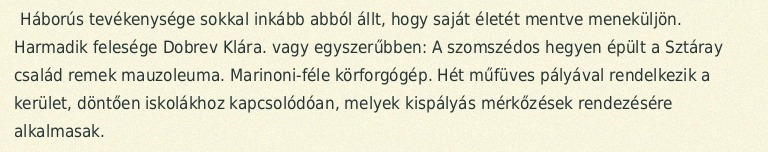
Háborús tevékenysége sokkal inkább abból állt, hogy saját életét mentve meneküljön. Harmadik felesége Dobrev Klára. vagy egyszerűbben: A szomszédos hegyen épült a Sztáray család remek mauzoleuma. Marinoni-féle körforgógép. Hét műfüves pályával rendelkezik a kerület, döntően iskolákhoz kapcsolódóan, melyek kispályás mérkőzések rendezésére alkalmasak.